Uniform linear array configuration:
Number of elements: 4
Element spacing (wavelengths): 0.25
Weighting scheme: cosine
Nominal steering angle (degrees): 30
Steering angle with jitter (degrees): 30.63
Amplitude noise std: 0.05
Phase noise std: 0.05

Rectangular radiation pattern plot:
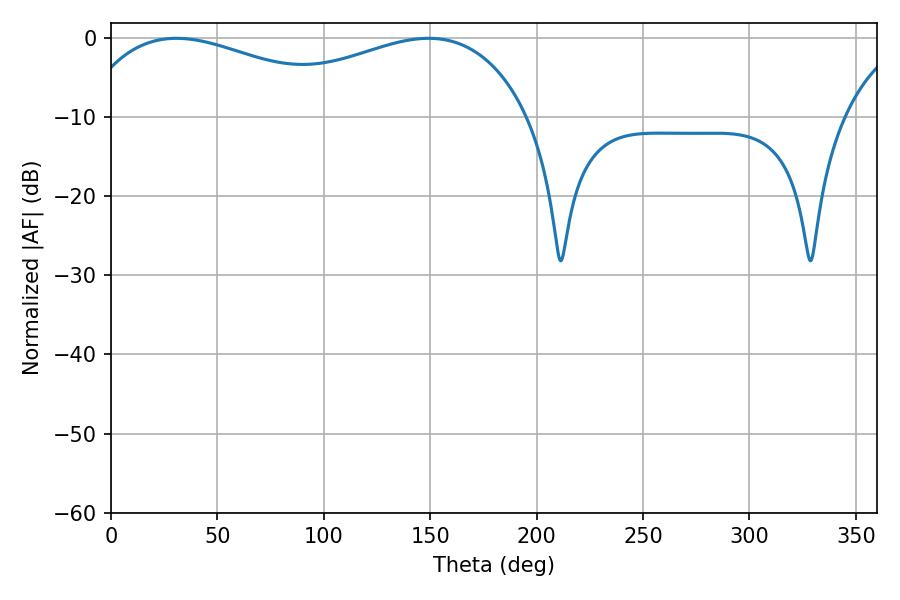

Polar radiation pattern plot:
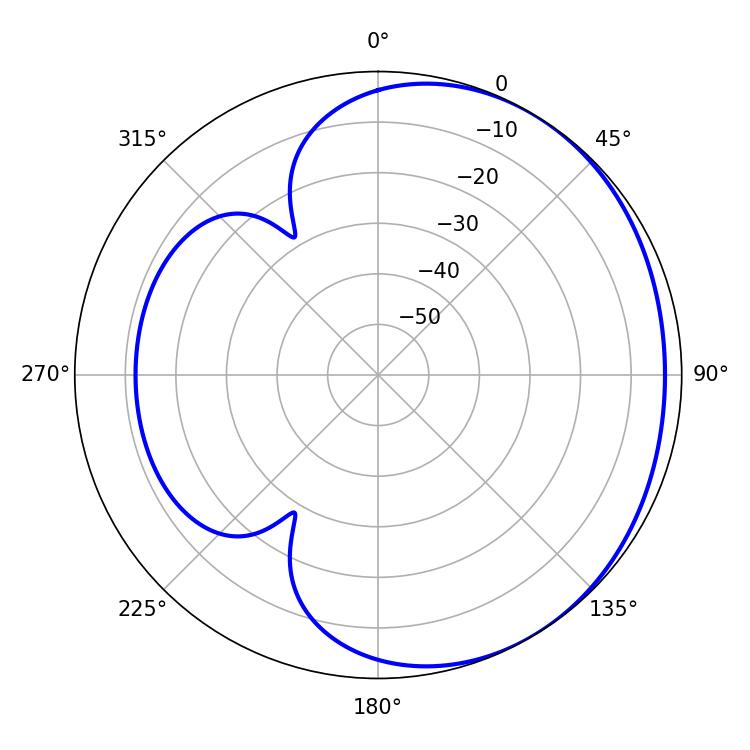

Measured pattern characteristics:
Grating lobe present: FALSE
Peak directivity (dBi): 1.869
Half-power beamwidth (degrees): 75.6
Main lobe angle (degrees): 30.78